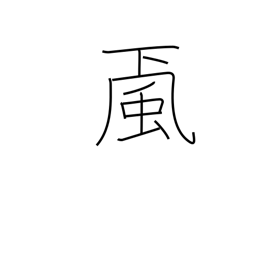
Meaning: wind from mountains